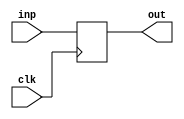
module registerNbits #(parameter N = 8) (clk, inp, out);
	input clk;
	output reg [N-1:0] out;
	input [N-1:0] inp;
	always @(negedge clk)
		begin
			out = inp;
		end
endmodule

module booth_multiplier(in1,in2,clk,rst,out);


input [31:0]in1,in2;
input clk,rst;
output reg [63:0]out;

// m: in1 q:n2
reg [31:0]a,m,q;

reg q0;

always @(posedge clk) begin
	if(rst)begin
		a = 0;
		m = in1;
		q = in2;
		q0 = 0;
	end else begin
		//q=0;

		if({q[0],q0} === 2'b10)begin
			a = a - m;
		end else if({q[0],q0} === 2'b01)begin
			a = a + m;
		end

		q0 = q[0];
		q = q>>1;

		q[31] = a[0];
		a = a>>1;
		a[31] = a[30];
	end
	out = {a,q};

end

endmodule

module integrationMult (clk,reset,inputA,inputB,result);
input clk,reset;

input [31:0] inputA, inputB;
output [63:0] result;

wire [31:0] A_reg;
wire [31:0] B_reg;
wire [63:0] outA_reg;

registerNbits #(32)regA (clk,inputA, A_reg);
registerNbits #(32)regB (clk,inputB, B_reg);
booth_multiplier mult (A_reg,B_reg,clk,reset,outA_reg);
//booth_multiplier mult (inputA,inputB,clk,reset,result);
registerNbits #(64)outB (clk,outA_reg,result);

endmodule